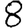
Digit: 8